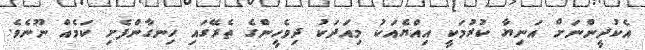
އެކުދީންނަށް އަނިޔާ ކުރުމަކީ އިއްޔެއަކު މިއަދަކު ދިވެހީންގެ ތެރޭގައި ހިނގާންފެށި ކަމެއް ނޫނެވެ.